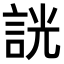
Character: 𧧯